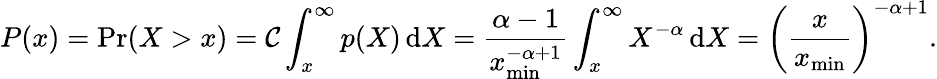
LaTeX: P(x)=\operatorname*{Pr}(X>x)=\mathcal{C}\int_{x}^{\infty}p(X)\, \mathrm{{d}}X={\frac{{\alpha-1}}{{x_{\operatorname*{min}}^{-\alpha+1}}}}\int_{x}^{\infty}X^{-\alpha}\, \mathrm{{d}}X=\left({\frac{{x}}{{x_{\operatorname*{min}}}}}\right)^{-\alpha+1}.